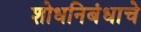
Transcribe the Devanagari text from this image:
शोधनिबंधाचे